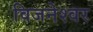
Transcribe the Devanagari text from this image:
विजनेश्वर